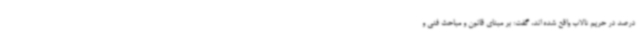
درصد در حریم تالاب واقع شده اند، گفت: بر مبنای قانون و مباحث فنی و